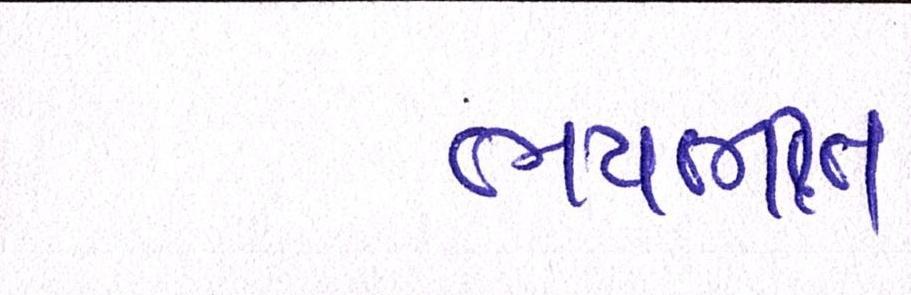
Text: ભયભીત